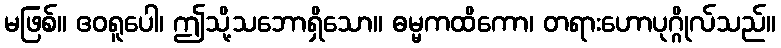
မဖြစ်။ ဧဝရူပေါ၊ ဤသို့သဘောရှိသော။ ဓမ္မကထိကော၊ တရားဟောပုဂ္ဂိုလ်သည်။